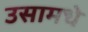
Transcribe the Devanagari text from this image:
उसामधे